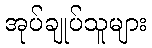
အုပ်ချုပ်သူများ